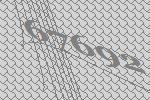
67692